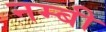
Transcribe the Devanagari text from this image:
नम्बी